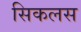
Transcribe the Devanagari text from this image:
सिकलस